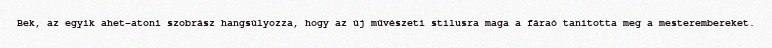
Bek, az egyik ahet-atoni szobrász hangsúlyozza, hogy az új művészeti stílusra maga a fáraó tanította meg a mesterembereket.